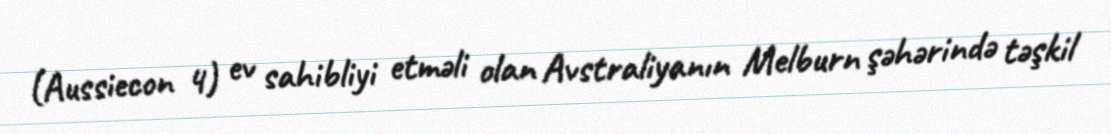
(Aussiecon 4) ev sahibliyi etməli olan Avstraliyanın Melburn şəhərində təşkil